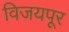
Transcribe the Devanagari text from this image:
विजयपूर